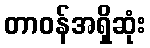
တာဝန်အရှိဆုံး